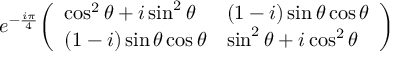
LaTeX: e ^ { - { \frac { i \pi } { 4 } } } { \left( \begin{array} { l l } { \cos ^ { 2 } \theta + i \sin ^ { 2 } \theta } & { ( 1 - i ) \sin \theta \cos \theta } \\ { ( 1 - i ) \sin \theta \cos \theta } & { \sin ^ { 2 } \theta + i \cos ^ { 2 } \theta } \end{array} \right) }